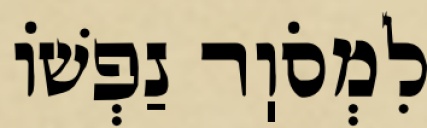
לִמְסֹוֽר נַפְשׁוֹ